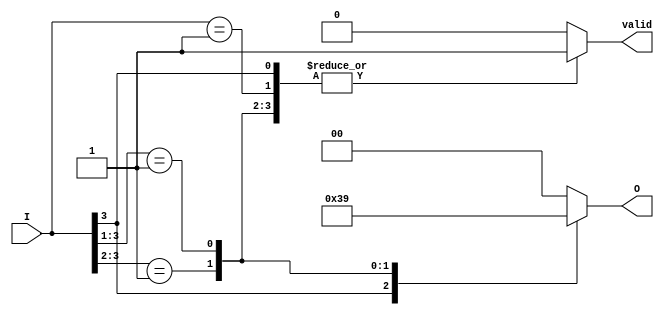
module priority_encoder (
    input wire [3:0] I,      // 4 input lines: I0, I1, I2, I3
    output reg [1:0] O,      // 2 output lines: O0, O1 (binary output)
    output reg valid         // Valid output signal
);

// Always block to implement the priority encoder logic
always @(*) begin
    valid = 0;               // Default valid output to 0
    casez (I)               // Using casez to handle don't care conditions
        4'b1??? : begin     // If I3 is high
            O = 2'b11;      // Output for I3
            valid = 1;      // Set valid
        end
        4'b01?? : begin     // If I2 is high
            O = 2'b10;      // Output for I2
            valid = 1;      // Set valid
        end
        4'b001? : begin     // If I1 is high
            O = 2'b01;      // Output for I1
            valid = 1;      // Set valid
        end
        4'b0001 : begin     // If I0 is high
            O = 2'b00;      // Output for I0
            valid = 1;      // Set valid
        end
        default : begin      // No input is active
            O = 2'b00;      // Default output (could be invalid code)
            valid = 0;      // Set valid to 0
        end
    endcase
end

endmodule